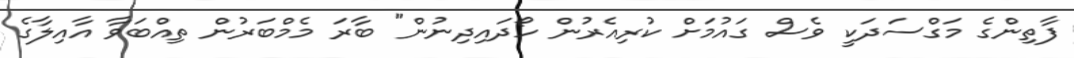
ފާތިންގެ މަގްސަދަކީ ވެސް ގައުމަށް ކުރިއެރުން ހޯދައިދިނުން" ބާރަ މެމްބަރުން ތިއްބަވާ އާއިލާގެ